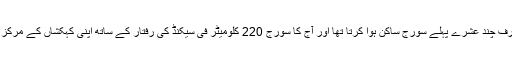
زیادہ دور کی بات نہیں صرف چند عشرے پہلے سورج ساکن ہوا کرتا تھا اور آج کا سورج 220 کلومیٹر فی سیکنڈ کی رفتار کے ساتھ اپنی کہکشاں کے مرکز کے گرد چکر لگا رہا ہے۔